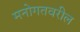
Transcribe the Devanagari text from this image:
मनोगतवरील